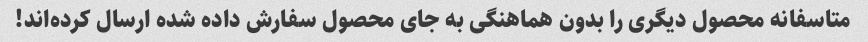
متاسفانه محصول دیگری را بدون هماهنگی به جای محصول سفارش داده شده ارسال کرده‌اند!